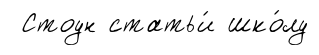
Стоун статьи́ шко́лу